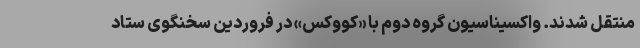
منتقل شدند. واکسیناسیون گروه دوم با «کووکس» در فروردین سخنگوی ستاد